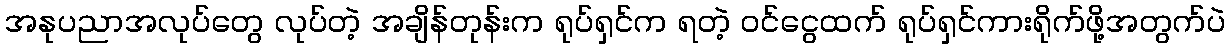
အနုပညာအလုပ်တွေ လုပ်တဲ့ အချိန်တုန်းက ရုပ်ရှင်က ရတဲ့ ဝင်ငွေထက် ရုပ်ရှင်ကားရိုက်ဖို့အတွက်ပဲ